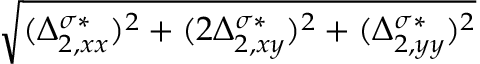
\sqrt { ( \Delta _ { 2 , x x } ^ { \sigma * } ) ^ { 2 } + ( 2 \Delta _ { 2 , x y } ^ { \sigma * } ) ^ { 2 } + ( \Delta _ { 2 , y y } ^ { \sigma * } ) ^ { 2 } }